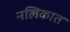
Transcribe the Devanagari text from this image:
नलिकात